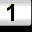
Digit: 1